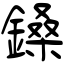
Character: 鎟